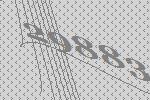
29883